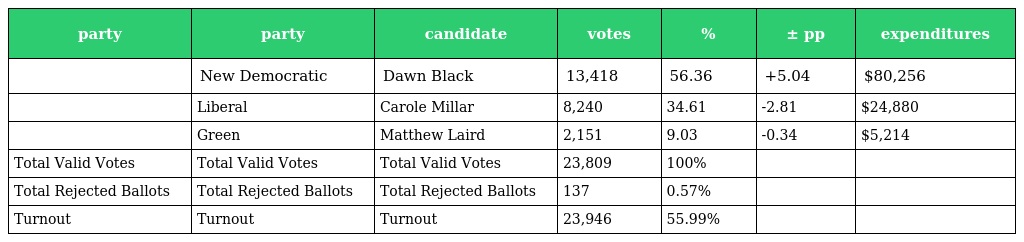
| party | party | candidate | votes | % | ± pp | expenditures |
 | --- | --- | --- | --- | --- | --- | --- |
 |  | New Democratic | Dawn Black | 13,418 | 56.36 | +5.04 | $80,256 |
 |  | Liberal | Carole Millar | 8,240 | 34.61 | -2.81 | $24,880 |
 |  | Green | Matthew Laird | 2,151 | 9.03 | -0.34 | $5,214 |
 | Total Valid Votes | Total Valid Votes | Total Valid Votes | 23,809 | 100% |  |  |
 | Total Rejected Ballots | Total Rejected Ballots | Total Rejected Ballots | 137 | 0.57% |  |  |
 | Turnout | Turnout | Turnout | 23,946 | 55.99% |  |  |